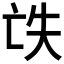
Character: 𠅎